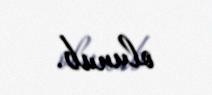
olunub.